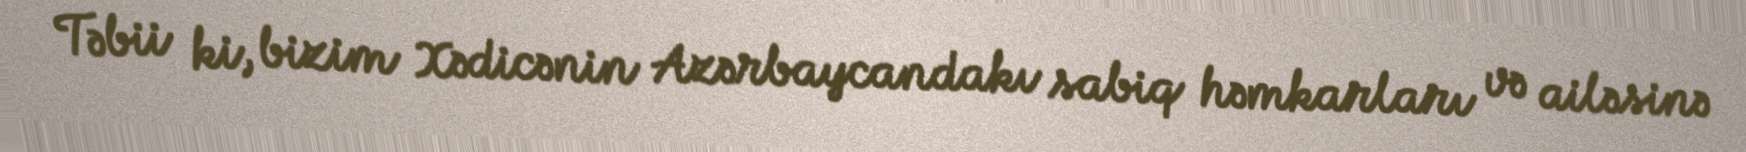
Təbii ki, bizim Xədicənin Azərbaycandakı sabiq həmkarları və ailəsinə